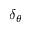
\delta _ { \theta }